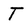
Character: T